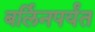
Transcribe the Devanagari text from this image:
बर्लिनपर्यंत